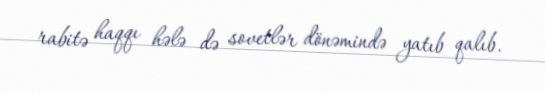
rabitə haqqı hələ də sovetlər dönəmində yatıb qalıb.